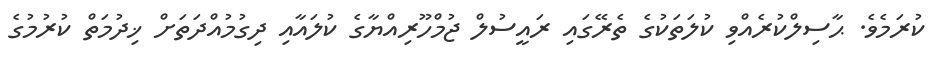
ކުރަމެވެ. ޙާސިލްކުރެއްވި ކުލަތަކުގެ ތެރޭގައި ރައީސުލް ޖުމްހޫރިއްޔާގެ ކުލައާއި ދިގުމުއްދަތަށް ޚިދުމަތް ކުރުމުގެ